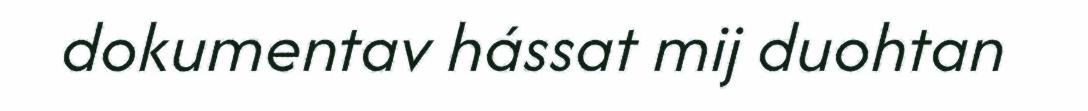
dokumentav hássat mij duohtan